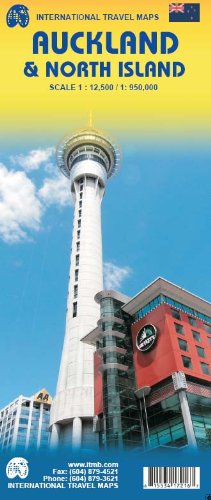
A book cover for Auckland & North Island 1:12,500/1:950,000 Street Map- NZ (International Travel Maps); ITM Canada; Travel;